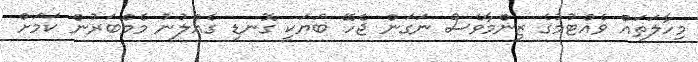
މިހާލަތައް ވެއްޓުމުގެ ޒިންމާވެސް ނަގަން ޖެހޭ ބަޔަކީ ގޮނޑި ގެއްލުނު މެމްބަރުން ކަމަށް